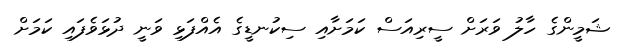
ޝަމީންގެ ހާލު ވަރަށް ސީރިއަސް ކަމަށާއި ސިކުނޑީގެ އެއްފަޅި ވަނީ ދުޅަވެފައި ކަމަށް